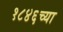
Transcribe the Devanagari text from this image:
१८४६च्या